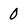
Character: 0